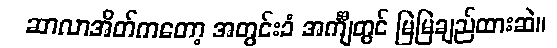
ဆာလာအိတ်ကတော့ အတွင်းခံ အင်္ကျီတွင် မြဲမြဲချည်ထားဆဲ။